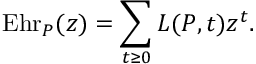
\operatorname { E h r } _ { P } ( z ) = \sum _ { t \geq 0 } L ( P , t ) z ^ { t } .